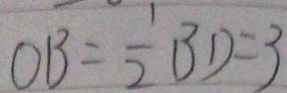
O B = \frac { 1 } { 2 } B D = 3